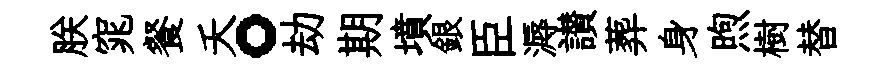
朕窕餐夭。劫期墳銀臣溽讃葬身煦樹替